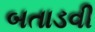
બતાડવી